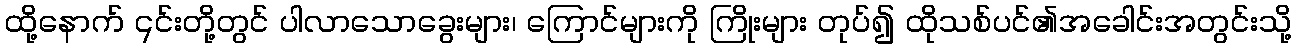
ထို့နောက် ၎င်းတို့တွင် ပါလာသောခွေးများ၊ ကြောင်များကို ကြိုးများ တုပ်၍ ထိုသစ်ပင်၏အခေါင်းအတွင်းသို့